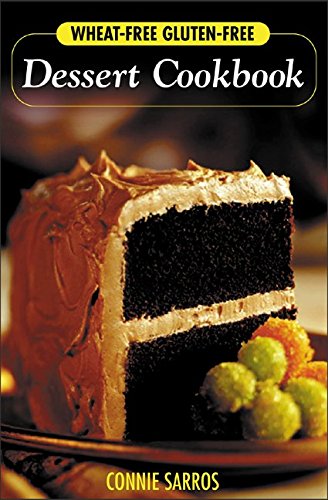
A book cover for Wheat-Free, Gluten-Free Dessert Cookbook; Connie Sarros; Health, Fitness & Dieting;